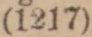
(1217)